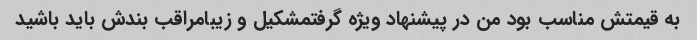
به قیمتش مناسب بود من در پیشنهاد ویژه گرفتمشکیل و زیبامراقب بندش باید باشید